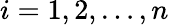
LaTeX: i=1,2,\ldots,n